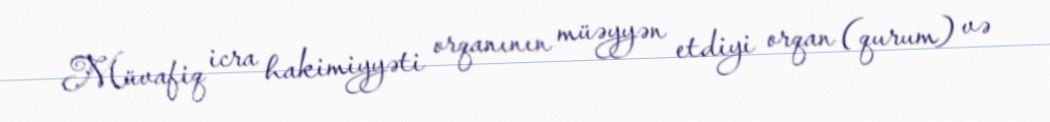
Müvafiq icra hakimiyyəti orqanının müəyyən etdiyi orqan (qurum) və